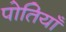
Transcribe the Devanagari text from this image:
पोतियाँ